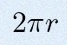
2\pi r